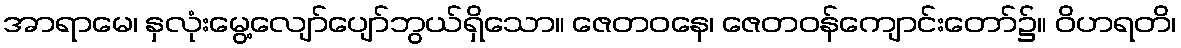
အာရာမေ၊ နှလုံးမွေ့လျော်ပျော်ဘွယ်ရှိသော။ ဇေတဝနေ၊ ဇေတဝန်ကျောင်းတော်၌။ ဝိဟရတိ၊